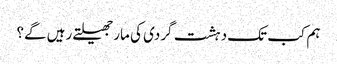
ہم کب تک دہشت گردی کی مار جھیلتے رہیں گے؟